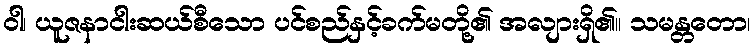
ဝါ၊ ယူဇနာငါးဆယ်စီသော ပင်စည်နှင့်ခက်မတို့၏ အလျားရှိ၏။ သမန္တတော၊